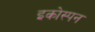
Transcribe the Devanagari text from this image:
इकोस्पन